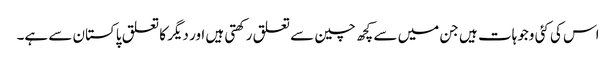
اس کی کئی وجوہات ہیں جن میں سے کچھ چین سے تعلق رکھتی ہیں اور دیگر کا تعلق پاکستان سے ہے۔